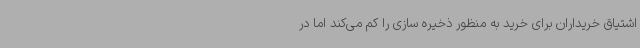
اشتیاق خریداران برای خرید به منظور ذخیره سازی را کم می‌کند اما در